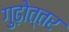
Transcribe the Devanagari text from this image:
गुढ़ोत्तर